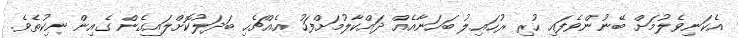
އެކަނިވެލުމަށް ބޭނުންވެފައި ހުރި ރުހައިލު ބަހަނާއެއް ދައްކާލުމަށްފަހު އެއްޗެހި ބަދަލުކޮށްލައިގެން ގެއިން ނިކުތެވެ.